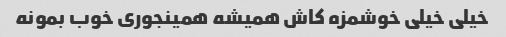
خیلی خیلی خوشمزه کاش همیشه همینجوری خوب بمونه